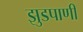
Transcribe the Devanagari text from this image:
झुडपाणी